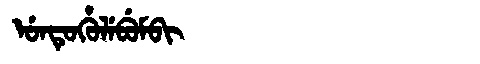
Manchu: ᡠᠨᡨᡠᡥᡠᠯᡝᠪᡠᠮᠪᡳ
Romanization: UNTUHULEBUMBI